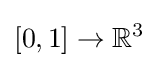
[0,1]\to \mathbb {R} ^{3}